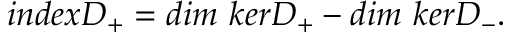
i n d e x D _ { + } = d i m { \ } k e r D _ { + } - d i m { \ } k e r D _ { - } .